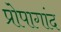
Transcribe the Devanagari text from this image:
प्रोपागांद